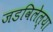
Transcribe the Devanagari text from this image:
जडविलेल्या